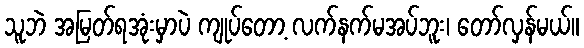
သူဘဲ အမြတ်ရအုံးမှာပဲ ကျုပ်တော့ လက်နက်မအပ်ဘူး၊ တော်လှန်မယ်။